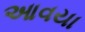
આવયા